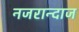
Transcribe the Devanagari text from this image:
नजरान्दाज